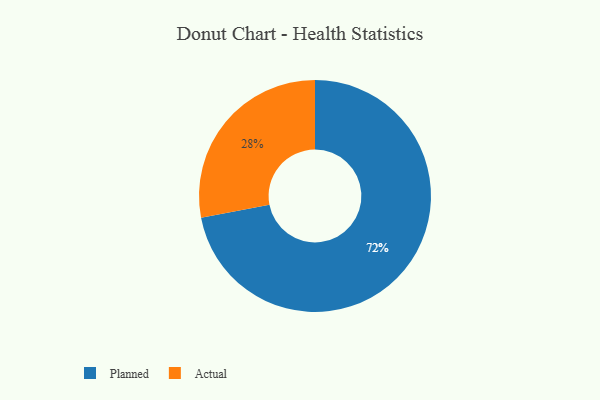
{"axis": {"x": "Category", "y": "Percentage"}, "legend": ["Actual", "Planned"], "data": [{"x": "Actual", "y": 28, "type": "Actual"}, {"x": "Planned", "y": 72, "type": "Planned"}]}